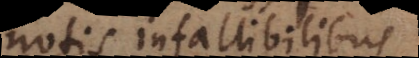
notis infallibilibus